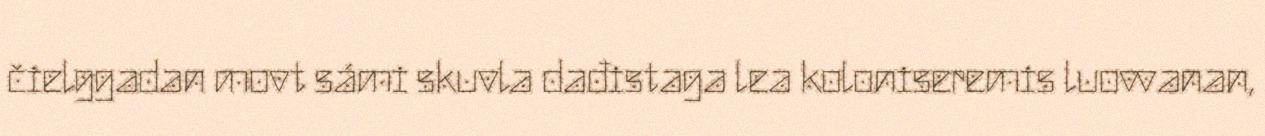
čielggadan movt sámi skuvla dađistaga lea koloniseremis luovvanan,